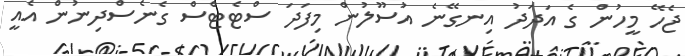
ޖެހޭ މީހުން ގެ އަދަދު އިނގޭނެ އުސޫލުން މިފަދަ ސްޓެޓްސް ގެނެސްދިނުން އެއީ